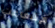
الإشعاعات